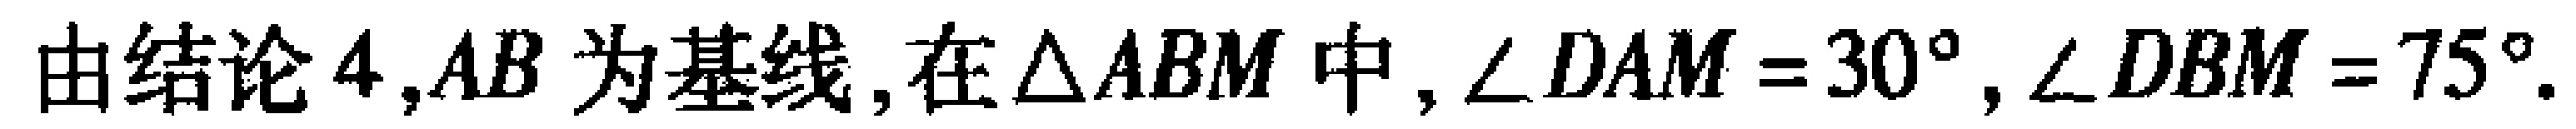
由结论4,$AB$ 为基线,在$\triangle ABM$ 中,$\angle DAM = 30^{\circ},\angle DBM = 75^{\circ}.$